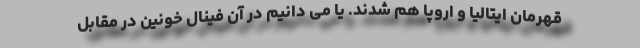
قهرمان ایتالیا و اروپا هم شدند. یا می دانیم در آن فینال خونین در مقابل